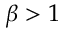
\beta > 1